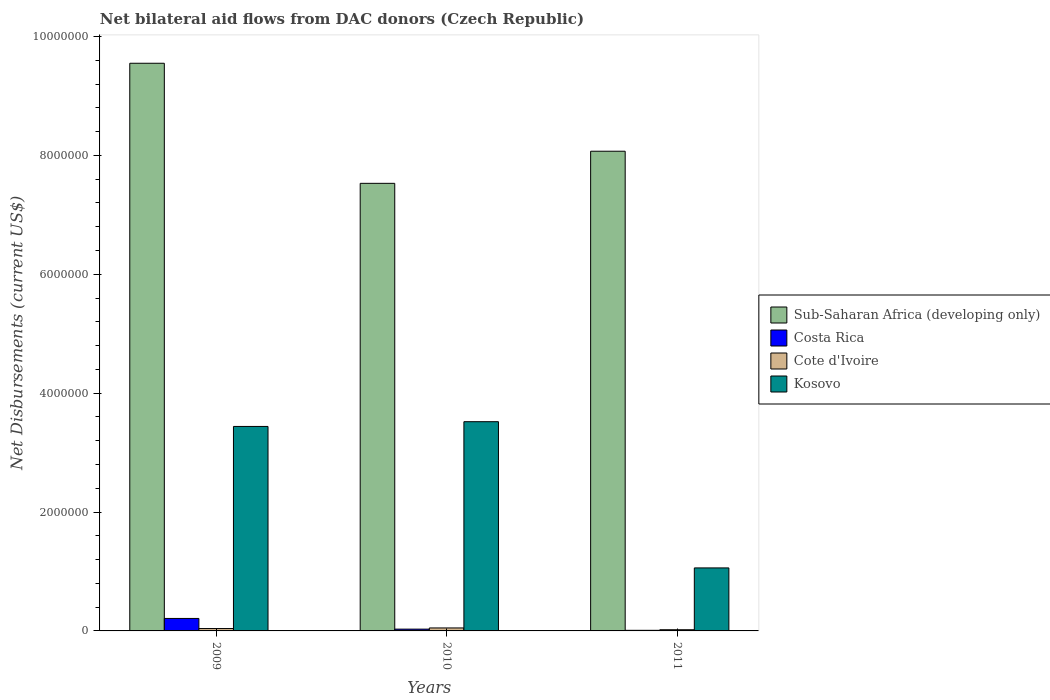
| Years | Sub-Saharan Africa (developing only) | Costa Rica | Cote d'Ivoire | Kosovo |
 | --- | --- | --- | --- | --- |
 | 2009 | 9.55e+06 | 2.1e+05 | 4e+04 | 3.44e+06 |
 | 2010 | 7.53e+06 | 3e+04 | 5e+04 | 3.52e+06 |
 | 2011 | 8.07e+06 | 1e+04 | 2e+04 | 1.06e+06 |